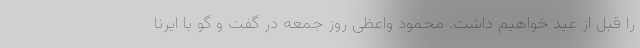
را قبل از عید خواهیم داشت. محمود واعظی روز جمعه در گفت و گو با ایرنا